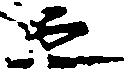
之